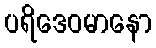
ပရိဒေဝမာနော